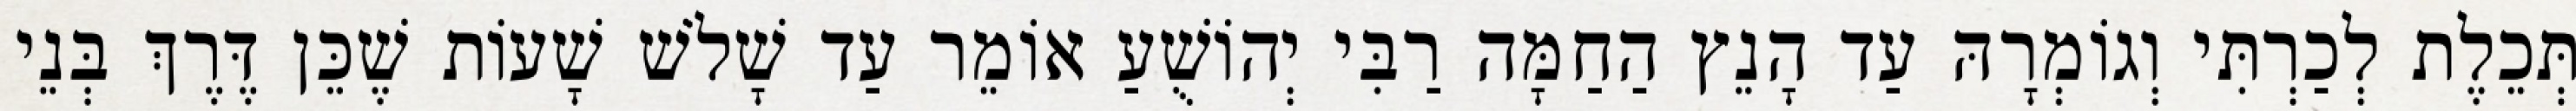
תְּכֵלֶת לְכַרְתִּי וְגוֹמְרָהּ עַד הָנֵץ הַחַמָּה רַבִּי יְהוֹשֻׁעַ אוֹמֵר עַד שָׁלֹשׁ שָׁעוֹת שֶׁכֵּן דֶּרֶךְ בְּנֵי